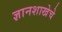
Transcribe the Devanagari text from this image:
ज्ञानशाखेचे